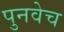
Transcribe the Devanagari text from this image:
पुनवेच